Vaccination in Bombay 1924-1928 - 1924-1928
Year: 1924
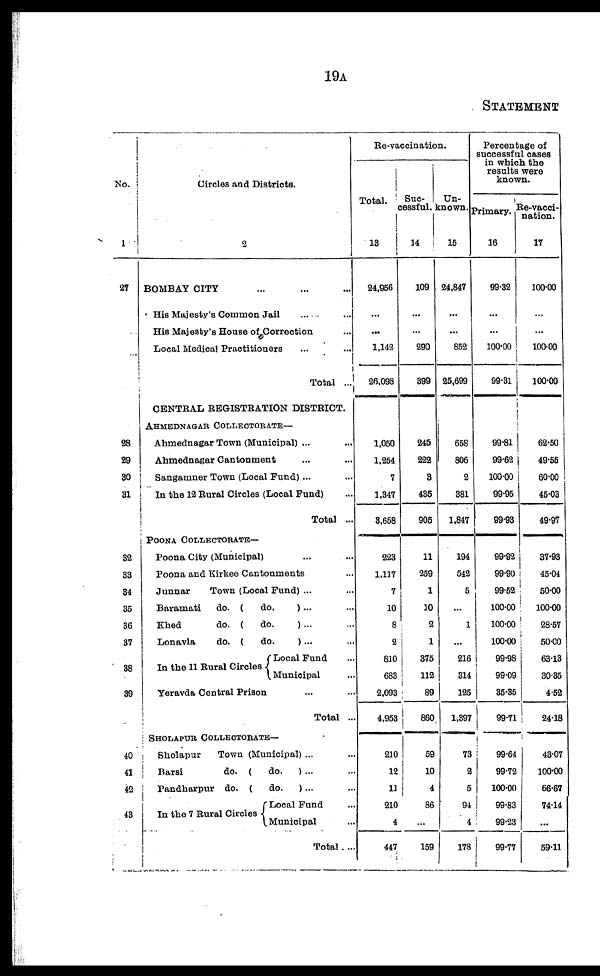
19A
STATEMENT
No.
1
27
28
29
30
31
32
33
34
35
36
37
38
39
40
41
42
43
Circles and Districts.
2
BOMBAY CITY ... ... ...
His Majesty's Common Jail ... ... ...
His Majesty's House of Correction ...
Local Medical Practitioners
...
...
Total ...
CENTRAL REGISTRATION DISTRICT.
AHMEDNAGAR COLLECTORATE—
Ahmednagar Town (Municipal) ... ...
Ahmednagar Cantonment ... ...
Sangamner Town (Local Fund) ... ...
In the 12 Rural Circles (Local Fund) ...
Total ...
POONA COLLECTORATE—
Poona City (Municipal) ... ...
Poona and Kirkee Cantonments ...
Junnar
Town (Local Fund) ... ...
Baramati
do.(do.)... ...
Khed
do.(do.)... ...
Lonavlado.(do.
)... ...
In the 11 Rural Circles
Local Fund ...
Municipal ...
Yeravda Central Prison ... ...
Total ...
SHOLAPUR COLLECTORATE—
Sholapur
Town (Municipal) ... ...
Barsi
do.(do.) ... ...
Pandharpur do.(do.)... ...
In the 7 Rural Circles
Local Fund ...
Municipal ...
Total ...
Re-vaccination.
Total.
13
24,956
...
...
1,142
26,098
1,050
1,254
7
1,347
3,658
223
1,117
7
10
8
2
810
683
2,093
4,953
210
12
11
210
4
447
Suc¬
cessful.
14
109
...
...
290
399
245
222
3
485
905
11
259
1
10
2
1
375
112
89
860
59
10
4
86
...
159
Un-
known.
15
24,847
...
...
852
25,699
658
806
2
381
1,847
194
542
5
...
1
...
216
314
125
1,397
73
2
5
94
4
178
Percentage of
successful cases
in which the
results were
known.
Primary.
16
99.32
...
...
100.00
99.31
99.81
99.62
100.00
99.95
99.93
99.92
99.90
99.52
100.00
100.00
100.00
99.98
99.09
35.35
99.71
99.64
99.72
100.00
99.83
99.23
99.77
Re-vacci-
nation.
17
100.00
...
...
100.00
100.00
62.50
49.55
60.00
45.03
49.97
37.93
45.04
50.00
100.00
28.57
50.00
63.13
30.35
4.52
24.18
43.07
100.00
66.67
74.14
...
59.11